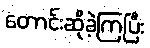
တောင်းဆိုခဲ့ကြပြီး